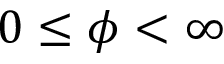
0 \leq \phi < \infty